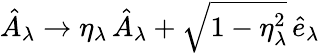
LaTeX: \begin{array}{r}{\hat{A}_{\lambda}\to\eta_{\lambda}\, \hat{A}_{\lambda}+\sqrt{1-\eta_{\lambda}^{2}}\, \hat{e}_{\lambda}}\end{array}